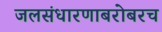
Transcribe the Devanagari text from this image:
जलसंधारणाबरोबरच